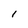
Character: 1